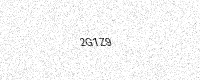
Text: 2G1Z9